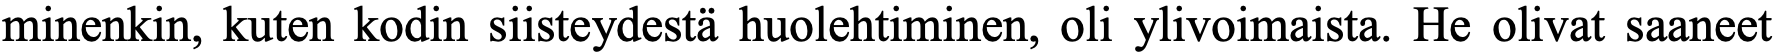
minenkin, kuten kodin siisteydestä huolehtiminen, oli ylivoimaista. He olivat saaneet